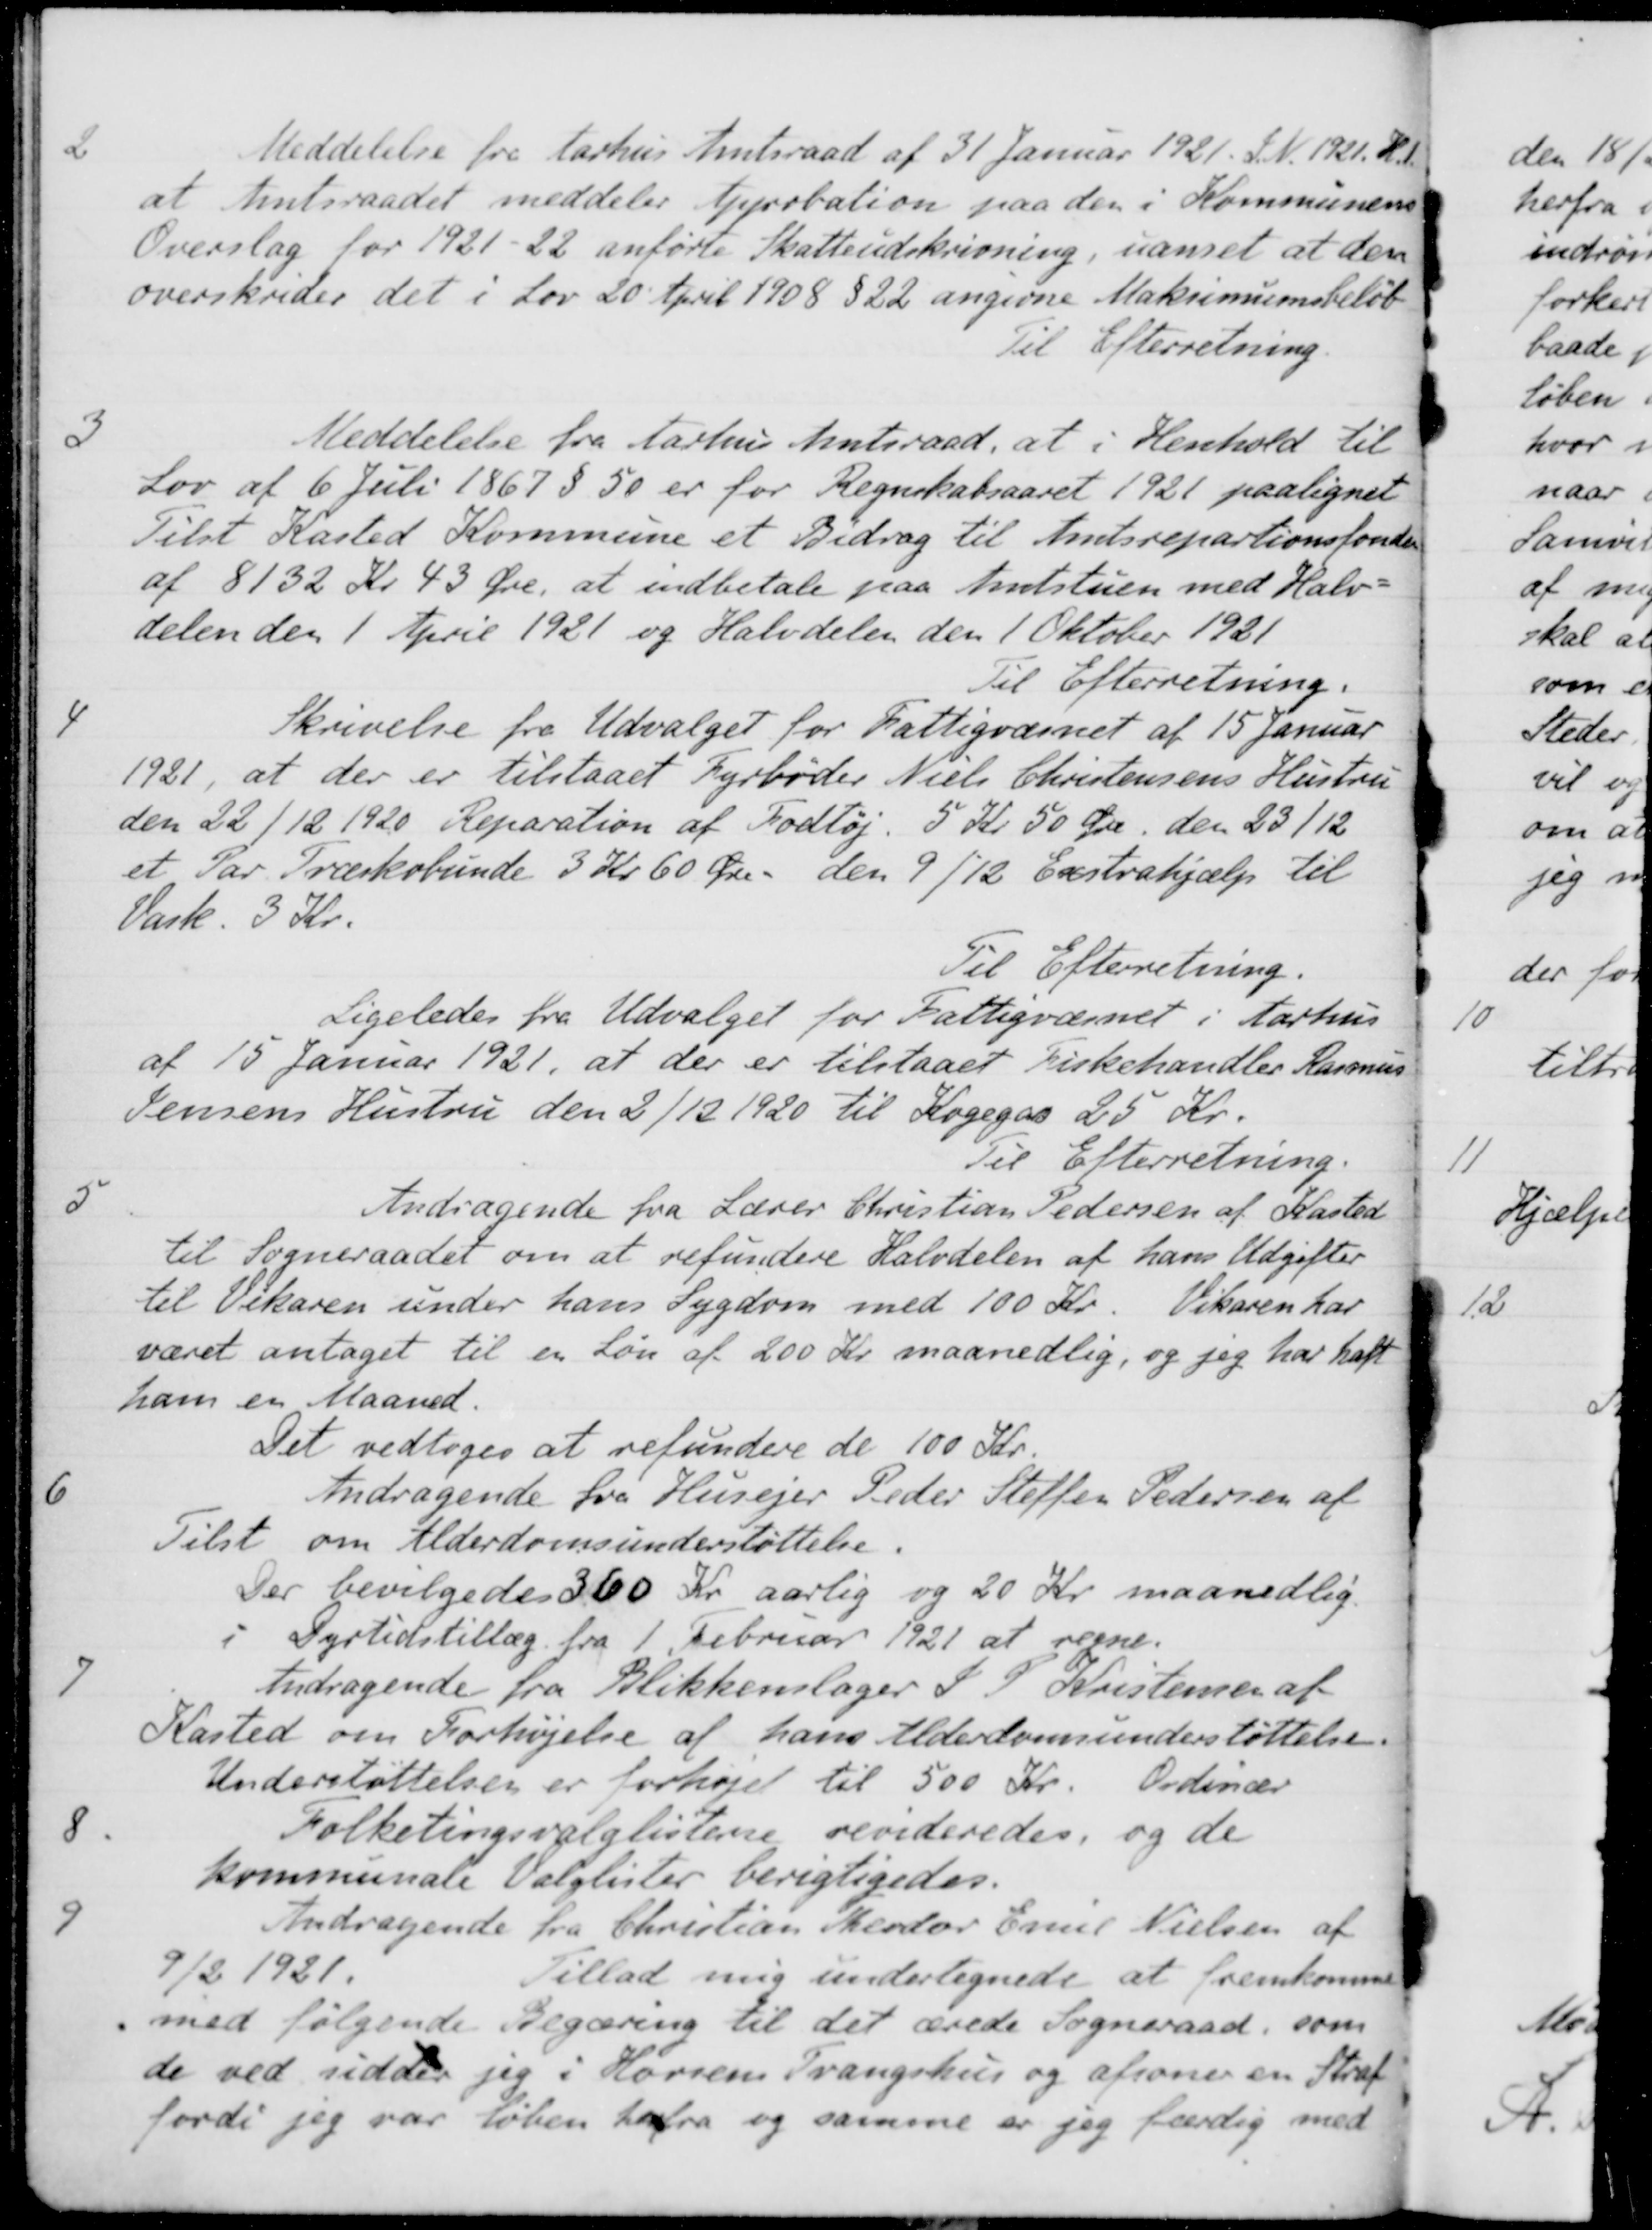
Transskription:
2
Meddelelse fra Aarhus Amtsraad af 31 Januar 1921. S. N. 1921. T.1.
at Amtsraadet meddeler Approbation paa den i Kommunens
Overslag for 1921-22 anførte Skatteudskrivning, uanset at den
overskrider det i Lov 20 April 1908 § 22 angivne Maksimumsbeløb
Til Efterretning.
3
Meddelelse fra Aarhus Amtsraad, at i Henhold til
Lov af 6 Juli 1867 § 50 er for Regnskabsaaret 1921 paalignet
Tilst Kasted Kommune et Bidrag til Amtsrepartionsfonden
af 8132 Kr 43 Øre, at indbetale paa Amtstuen med Halv-
delen den 1 April 1921 og Halvdelen den 1 Oktober 1921
Til Efterretning.
4
Skrivelse fra Udvalget for Fattigvæsnet af 15 Januar
1921, at der er tilstaaet Fyrbøder Niels Christensens Hustru
den 22/12 1920 Reparation af Fodtøj. 5 Kr. 50 Øre den 23/12
et Par Træskobunde 3 Kr 60 Øre den 9/12 Exstrahjælp til
Vask. 3 Kr.
Til Efterretning.
Ligeledes fra Udvalget for Fattigvæsnet i Aarhus
af 15 Januar 1921, at der er tilstaaet Fiskehandler Rasmus
Jensens Hustru den 2/12 1920 til Kogegas 25 Kr.
Til Efterretning.
5
Andragende fra Lærer Christian Pedersen af Kasted
til Sogneraadet om at refundere Halvdelen af hans Udgifter
til Tekaren under hans Sygdom med 100 Kr. Vikaren har
været antaget til en Løn af 200 Kr. maanedlig, og jeg har haft
ham en Maaned.
Det vedtoges at refundere de 100 Kr.
6
Andragende fra Husejer Peder Steffen Pedersen af
Tilst om Alderdomsunderstøttelse.
Der bevilgedes 360 Kr aarlig og 20 Kr maanedlig.
i Dyrtidstillæg fra 1 Februar 1921 at regne.
7
Andragende fra Blikkenslager S. P. Kristensen af
Kasted om Forhøjelse af hans Alderdomsunderstøttelse.
Understøttelsen er forhøjet til 500 Kr. Ordinær
8
Folketingsvalglistere revideredes, og de
kommunale Valglister berigtigedes.
9
Andragende fra Christian Theodor Emil Nielsen af
9/2 1921. Tillad mig undertegnede at fremkomme
med følgende Begæring til det ærede Sogneraad, som
de ved sidder jeg i Horsens Tvangshus og afsoner en Straf
fordi jeg var løben herfra og samme er jeg færdig med